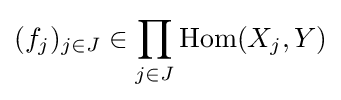
(f_{j})_{j\in J}\in \prod _{j\in J}\operatorname {Hom} (X_{j},Y)